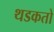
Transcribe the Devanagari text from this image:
थडकतो